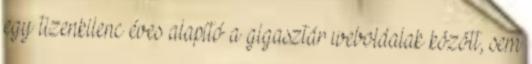
egy tizenkilenc éves alapító a gigasztár weboldalak között, sem